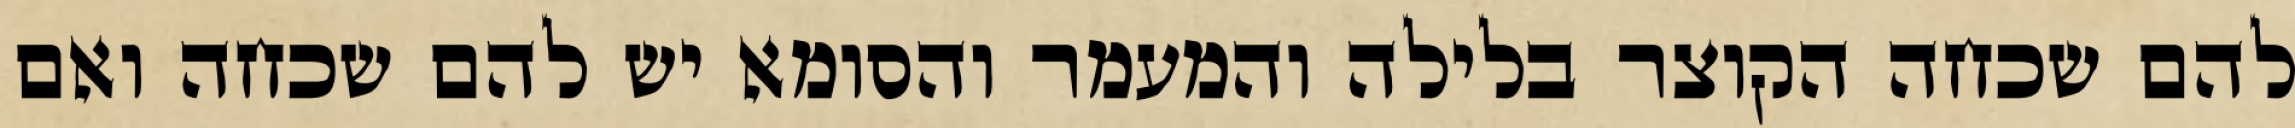
להם שכחה הקוצר בלילה והמעמר והסומא יש להם שכחה ואם